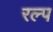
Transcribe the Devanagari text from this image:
रल्प